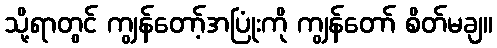
သို့ရာတွင် ကျွန်တော့်အပြုံးကို ကျွန်တော် စိတ်မချ။